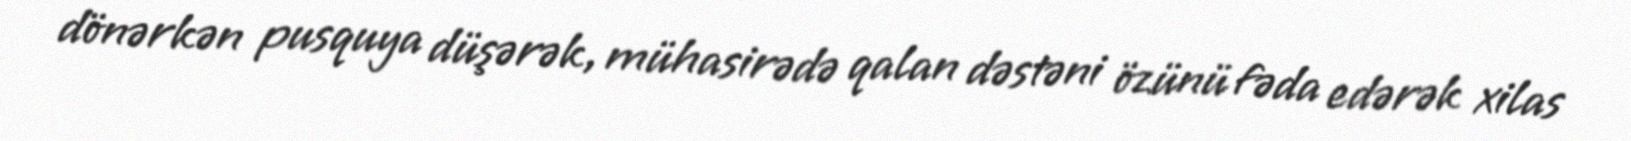
dönərkən pusquya düşərək, mühasirədə qalan dəstəni özünü fəda edərək xilas